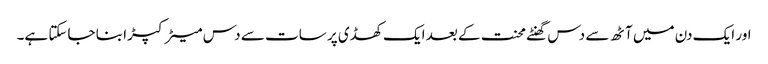
اور ایک دن میں آٹھ سے دس گھنٹے محنت کے بعد ایک کھڈی پر سات سے دس میٹر کپڑا بنا جاسکتا ہے۔